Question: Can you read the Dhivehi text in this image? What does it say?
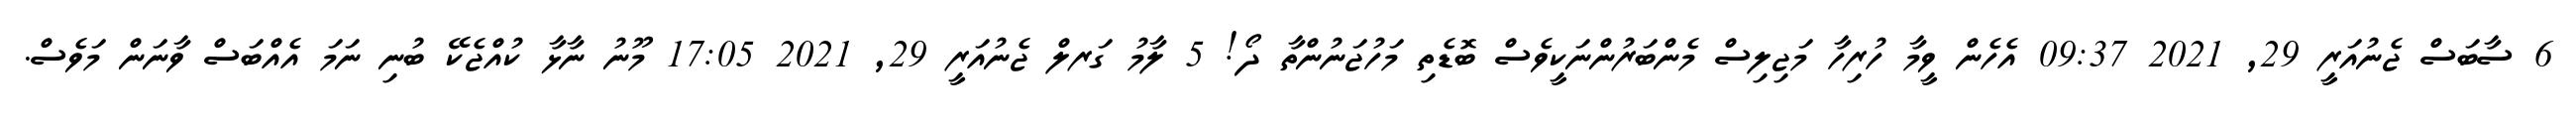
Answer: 6 ސާބަސް ޖެނުއަރީ 29, 2021 09:37 އެހެން ވީމާ ހުރިހާ މަޖިލިސް މެންބަރުންނަކީވެސް ބޮޑެތި މަހުޖަނުންތާ ދޯ! 5 ލާމު ގަރލް ޖެނުއަރީ 29, 2021 17:05 މޫނު ނާޅާ ކުއްޖެކޭ ބުނި ނަމަ އެއްބަސް ވާނަން މަވެސް.